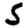
Digit: 5